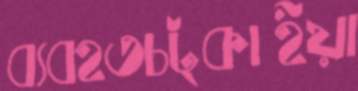
ব্যবহতচট্‌কাইয়া